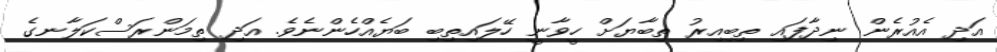
އަދި އެއުރެން ނިދާފައި ތިބިއިރު ތިބާޔަށް ހީވާނީ ހޭލައިތިބި ބަޔެއްހެންނެވެ. އަދި ތިމަންރަސްކަލާނގެ